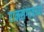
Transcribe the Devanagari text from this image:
रामसगावच्या